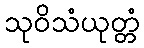
သုဝိသံယုတ္တံ